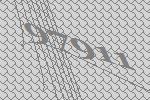
97911